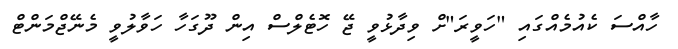
ހާއްސަ ކެއުމެއްގައި "ހަވީރަ"ށް ވިދާޅުވީ ޖޭ ހޮޓެލްސް އިން ދޫގަހާ ހަވާލުވީ މެނޭޖްމަންޓް